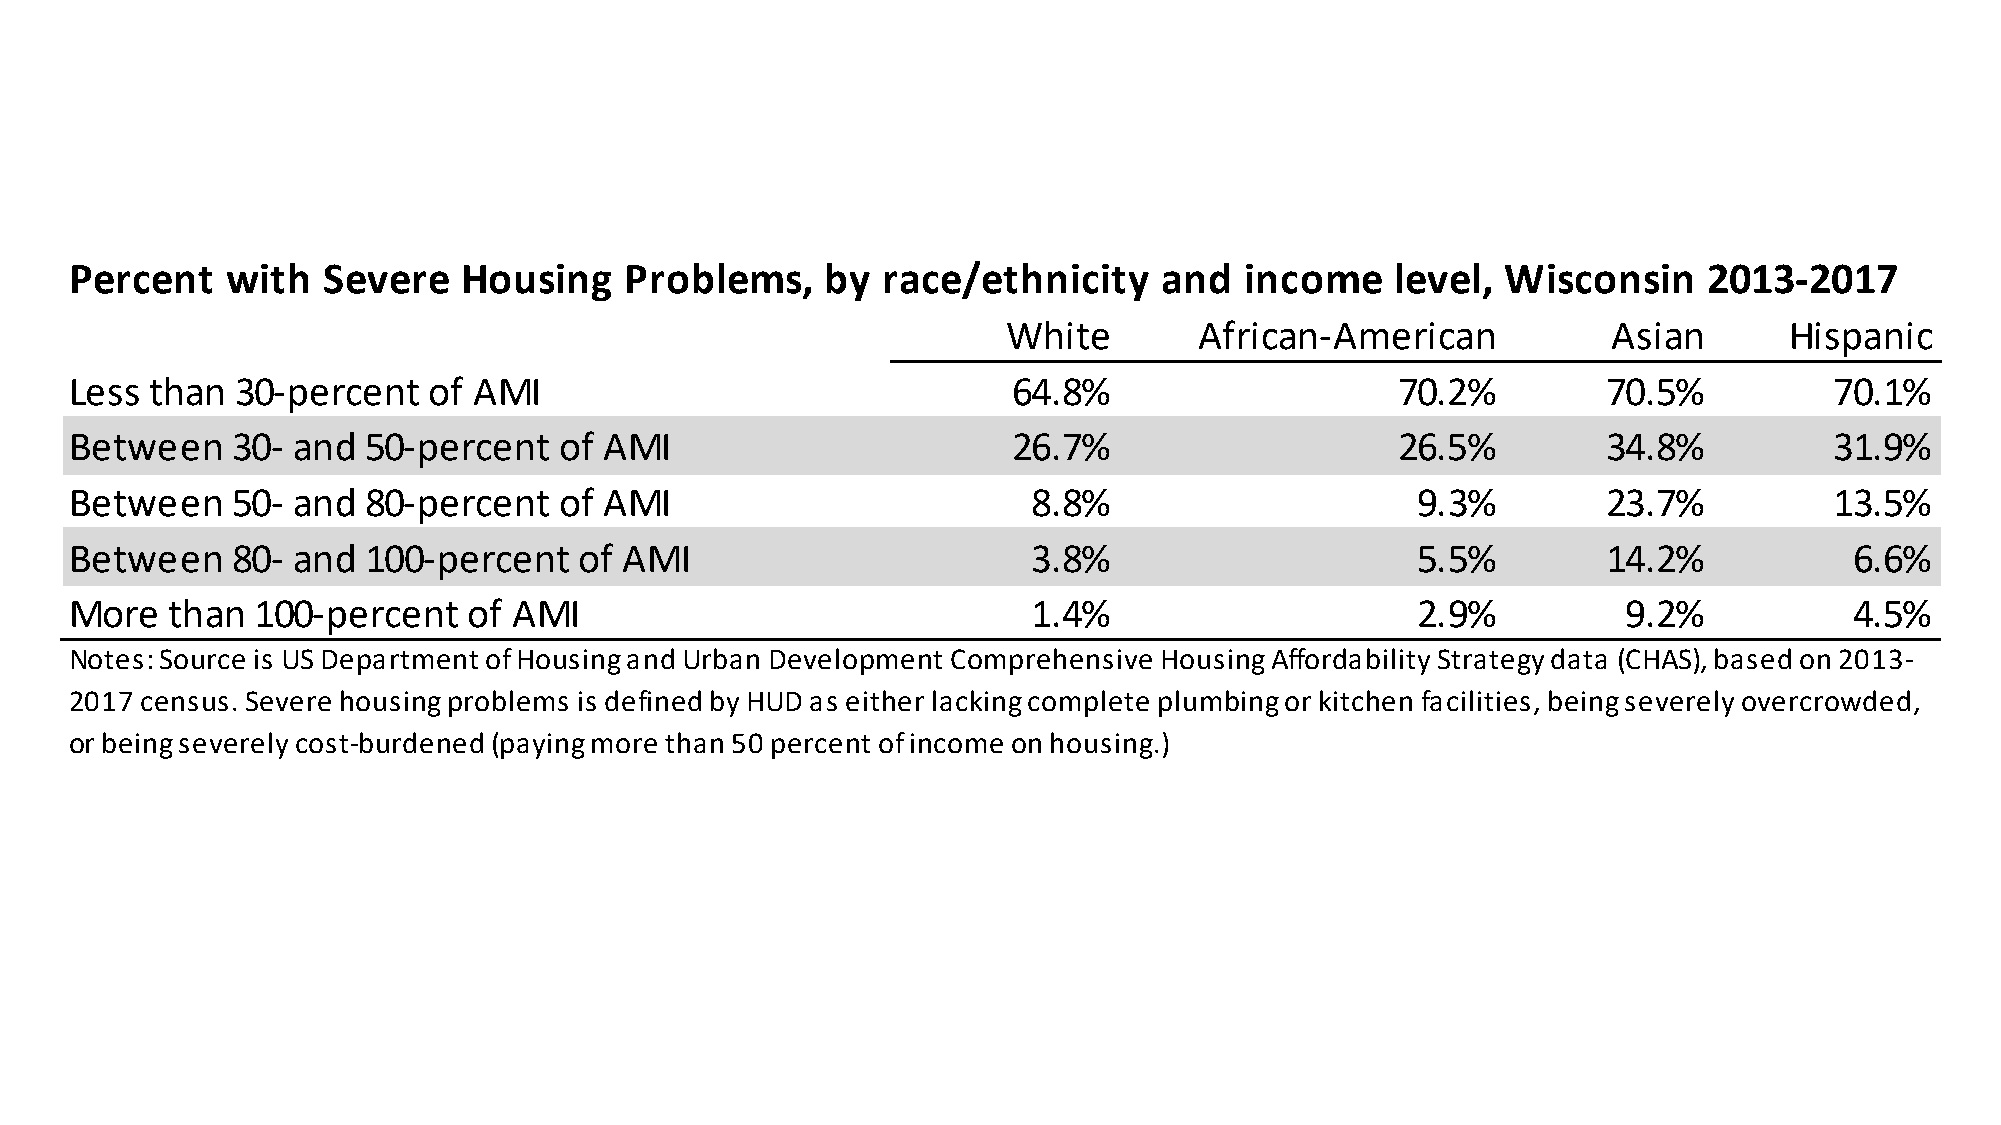
Percent   with  Severe    Housing   Problems,     by race/ethnicity     and  income    level,  Wisconsin    2013-2017
 White       African-American            Asian      Hispanic
 Less than  30-percent  of AMI                                 64.8%                    70.2%         70.5%          70.1%
 Between   30- and  50-percent   of AMI                        26.7%                    26.5%         34.8%          31.9%
 Between   50- and  80-percent   of AMI                         8.8%                      9.3%        23.7%          13.5%
 Between   80- and  100-percent   of AMI                        3.8%                      5.5%        14.2%            6.6%
 More  than  100-percent   of AMI                               1.4%                      2.9%          9.2%           4.5%
 Notes: Source is US Department of Housing and Urban Development Comprehensive Housing Affordability Strategy data (CHAS), based on 2013-
 2017 census. Severe housing problems is defined by HUD as either lacking complete plumbing or kitchen facilities, being severely overcrowded,
 or being severely cost-burdened (paying more than 50 percent of income on housing.)